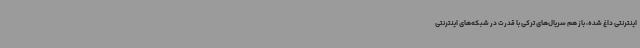
اینترنتی داغ شده، باز هم سریال‌های ترکی با قدرت در شبکه‌های اینترنتی